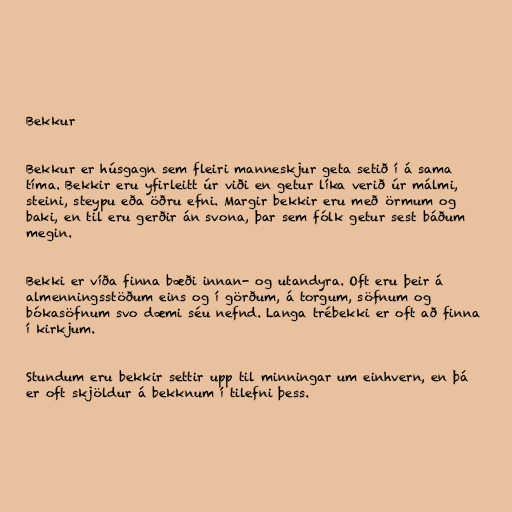
Bekkur

Bekkur er húsgagn sem fleiri manneskjur geta setið í á sama
tíma. Bekkir eru yfirleitt úr viði en getur líka verið úr málmi,
steini, steypu eða öðru efni. Margir bekkir eru með örmum og
baki, en til eru gerðir án svona, þar sem fólk getur sest báðum
megin.

Bekki er víða finna bæði innan- og utandyra. Oft eru þeir á
almenningsstöðum eins og í görðum, á torgum, söfnum og
bókasöfnum svo dæmi séu nefnd. Langa trébekki er oft að finna
í kirkjum.

Stundum eru bekkir settir upp til minningar um einhvern, en þá
er oft skjöldur á bekknum í tilefni þess.